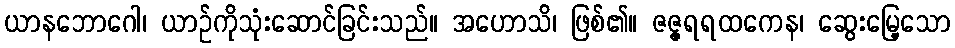
ယာနဘောဂေါ၊ ယာဉ်ကိုသုံးဆောင်ခြင်းသည်။ အဟောသိ၊ ဖြစ်၏။ ဇဇ္ဇရရထကေန၊ ဆွေးမြေ့သော